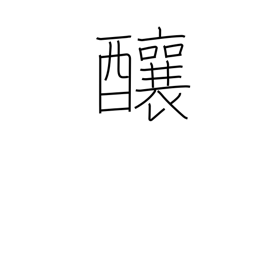
Meaning: cause